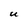
Character: U